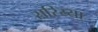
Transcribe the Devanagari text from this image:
सरिय्या